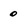
Character: 0